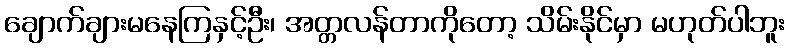
ချောက်ချားမနေကြနှင့်ဦး၊ အတ္တလန်တာကိုတော့ သိမ်းနိုင်မှာ မဟုတ်ပါဘူး